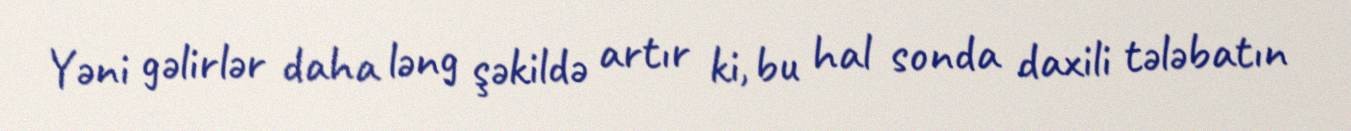
Yəni gəlirlər daha ləng şəkildə artır ki, bu hal sonda daxili tələbatın